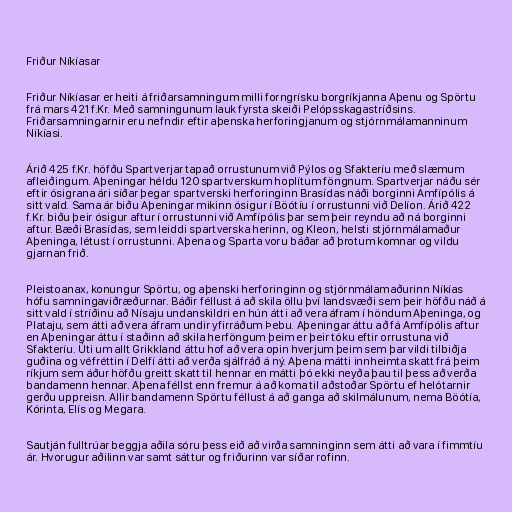
Friður Níkíasar

Friður Níkíasar er heiti á friðarsamningum milli forngrísku borgríkjanna Aþenu og Spörtu
frá mars 421 f.Kr. Með samningunum lauk fyrsta skeiði Pelópsskagastríðsins.
Friðarsamningarnir eru nefndir eftir aþenska herforingjanum og stjórnmálamanninum
Níkíasi.

Árið 425 f.Kr. höfðu Spartverjar tapað orrustunum við Pýlos og Sfakteríu með slæmum
afleiðingum. Aþeningar héldu 120 spartverskum hoplítum föngnum. Spartverjar náðu sér
eftir ósigrana ári síðar þegar spartverski herforinginn Brasídas náði borginni Amfípólis á
sitt vald. Sama ár biðu Aþeningar mikinn ósigur í Böótíu í orrustunni við Delíon. Árið 422
f.Kr. biðu þeir ósigur aftur í orrustunni við Amfípólis þar sem þeir reyndu að ná borginni
aftur. Bæði Brasídas, sem leiddi spartverska herinn, og Kleon, helsti stjórnmálamaður
Aþeninga, létust í orrustunni. Aþena og Sparta voru báðar að þrotum komnar og vildu
gjarnan frið.

Pleistoanax, konungur Spörtu, og aþenski herforinginn og stjórnmálamaðurinn Níkías
hófu samningaviðræðurnar. Báðir féllust á að skila öllu því landsvæði sem þeir höfðu náð á
sitt vald í stríðinu að Nísaju undanskildri en hún átti að vera áfram í höndum Aþeninga, og
Plataju, sem átti að vera áfram undir yfirráðum Þebu. Aþeningar áttu að fá Amfípólis aftur
en Aþeningar áttu í staðinn að skila herföngum þeim er þeir tóku eftir orrustuna við
Sfakteríu. Úti um allt Grikkland áttu hof að vera opin hverjum þeim sem þar vildi tilbiðja
guðina og véfréttin í Delfí átti að verða sjálfráð á ný. Aþena mátti innheimta skatt frá þeim
ríkjum sem áður höfðu greitt skatt til hennar en mátti þó ekki neyða þau til þess að verða
bandamenn hennar. Aþena féllst enn fremur á að koma til aðstoðar Spörtu ef helótarnir
gerðu uppreisn. Allir bandamenn Spörtu féllust á að ganga að skilmálunum, nema Böótía,
Kórinta, Elís og Megara.

Sautján fulltrúar beggja aðila sóru þess eið að virða samninginn sem átti að vara í fimmtíu
ár. Hvorugur aðilinn var samt sáttur og friðurinn var síðar rofinn.